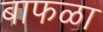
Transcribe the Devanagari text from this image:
बाफळा